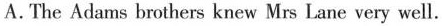
A. The Adams brothers knew Mrs Lane very well.